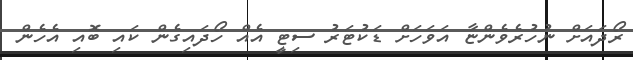
ރޯދައަށް ނުހުރެވެންޏާ އަވަހަށް ޑަކުޓަރު ސިޓީ އެއް ހޯދައިގެން ކައި ބޮއި އެހެން